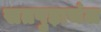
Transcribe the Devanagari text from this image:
सतपुड़ाचंल